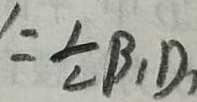
A _ { 1 } O ^ { \prime } = \frac { 1 } { 2 } B _ { 1 } D _ { 1 }